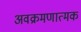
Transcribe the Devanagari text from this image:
अवक्रमणात्मक